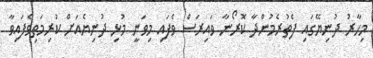
މިހާރު ދުނިޔޭގައި ފެތުރެމުންދާ ކޮރޯނާ ވައިރަސް ވެފައި މިވަނީ މުޅި ދުނިޔެއަށް ކުރިމަތިވެފައިވާ